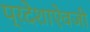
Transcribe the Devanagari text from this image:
प्रदेशाऐवजी